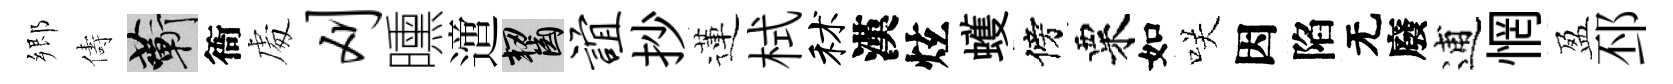
郷儔蔪衙䖏刈曛𨗁齧谊抄蓮栻秫漢炫蠖傍粟如咲因陷无廢逋惘盈邳